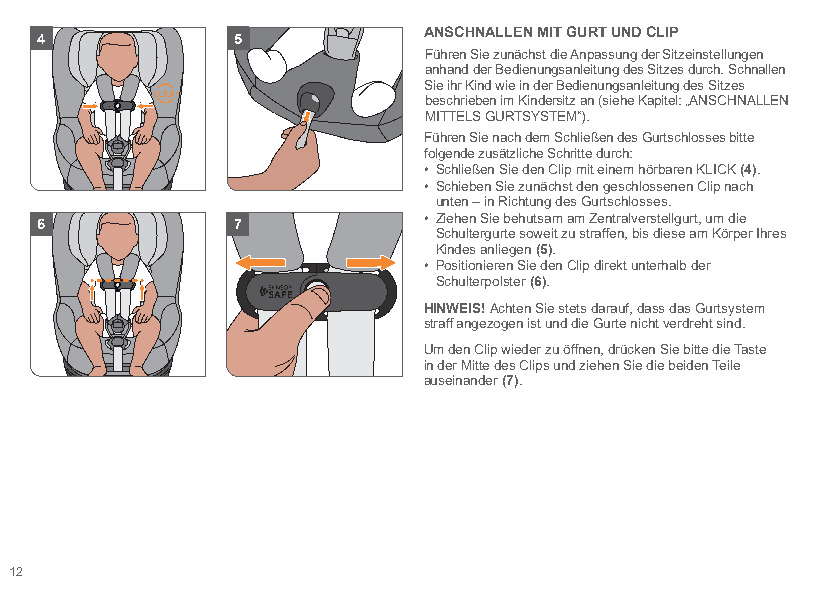
ANSCHNALLEN MIT GURT UND CLIP
 4            5
 Führen Sie zunächst die Anpassung der Sitzeinstellungen
 anhand der Bedienungsanleitung des Sitzes durch. Schnallen
 Sie ihr Kind wie in der Bedienungsanleitung des Sitzes
 beschrieben im Kindersitz an (siehe Kapitel: „ANSCHNALLEN
 MITTELS GURTSYSTEM“).
 Führen Sie nach dem Schließen des Gurtschlosses bitte
 folgende zusätzliche Schritte durch:
 • Schließen Sie den Clip mit einem hörbaren KLICK (4).
 • Schieben Sie zunächst den geschlossenen Clip nach
 unten – in Richtung des Gurtschlosses.
 6            7            • Ziehen Sie behutsam am Zentralverstellgurt, um die
 Schultergurte soweit zu straffen, bis diese am Körper Ihres
 Kindes anliegen (5).
 • Positionieren Sie den Clip direkt unterhalb der
 Schulterpolster (6).
 HINWEIS! Achten Sie stets darauf, dass das Gurtsystem
 straff angezogen ist und die Gurte nicht verdreht sind.
 Um den Clip wieder zu öffnen, drücken Sie bitte die Taste
 in der Mitte des Clips und ziehen Sie die beiden Teile
 auseinander (7).
 12